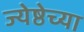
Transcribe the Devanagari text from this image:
ज्येष्ठेच्या